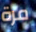
مرة